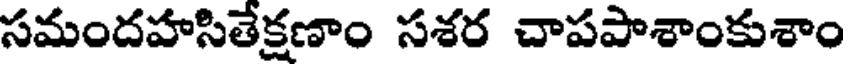
సమందహసితేక్షణాం సశర చాపపాశాంకుశాం